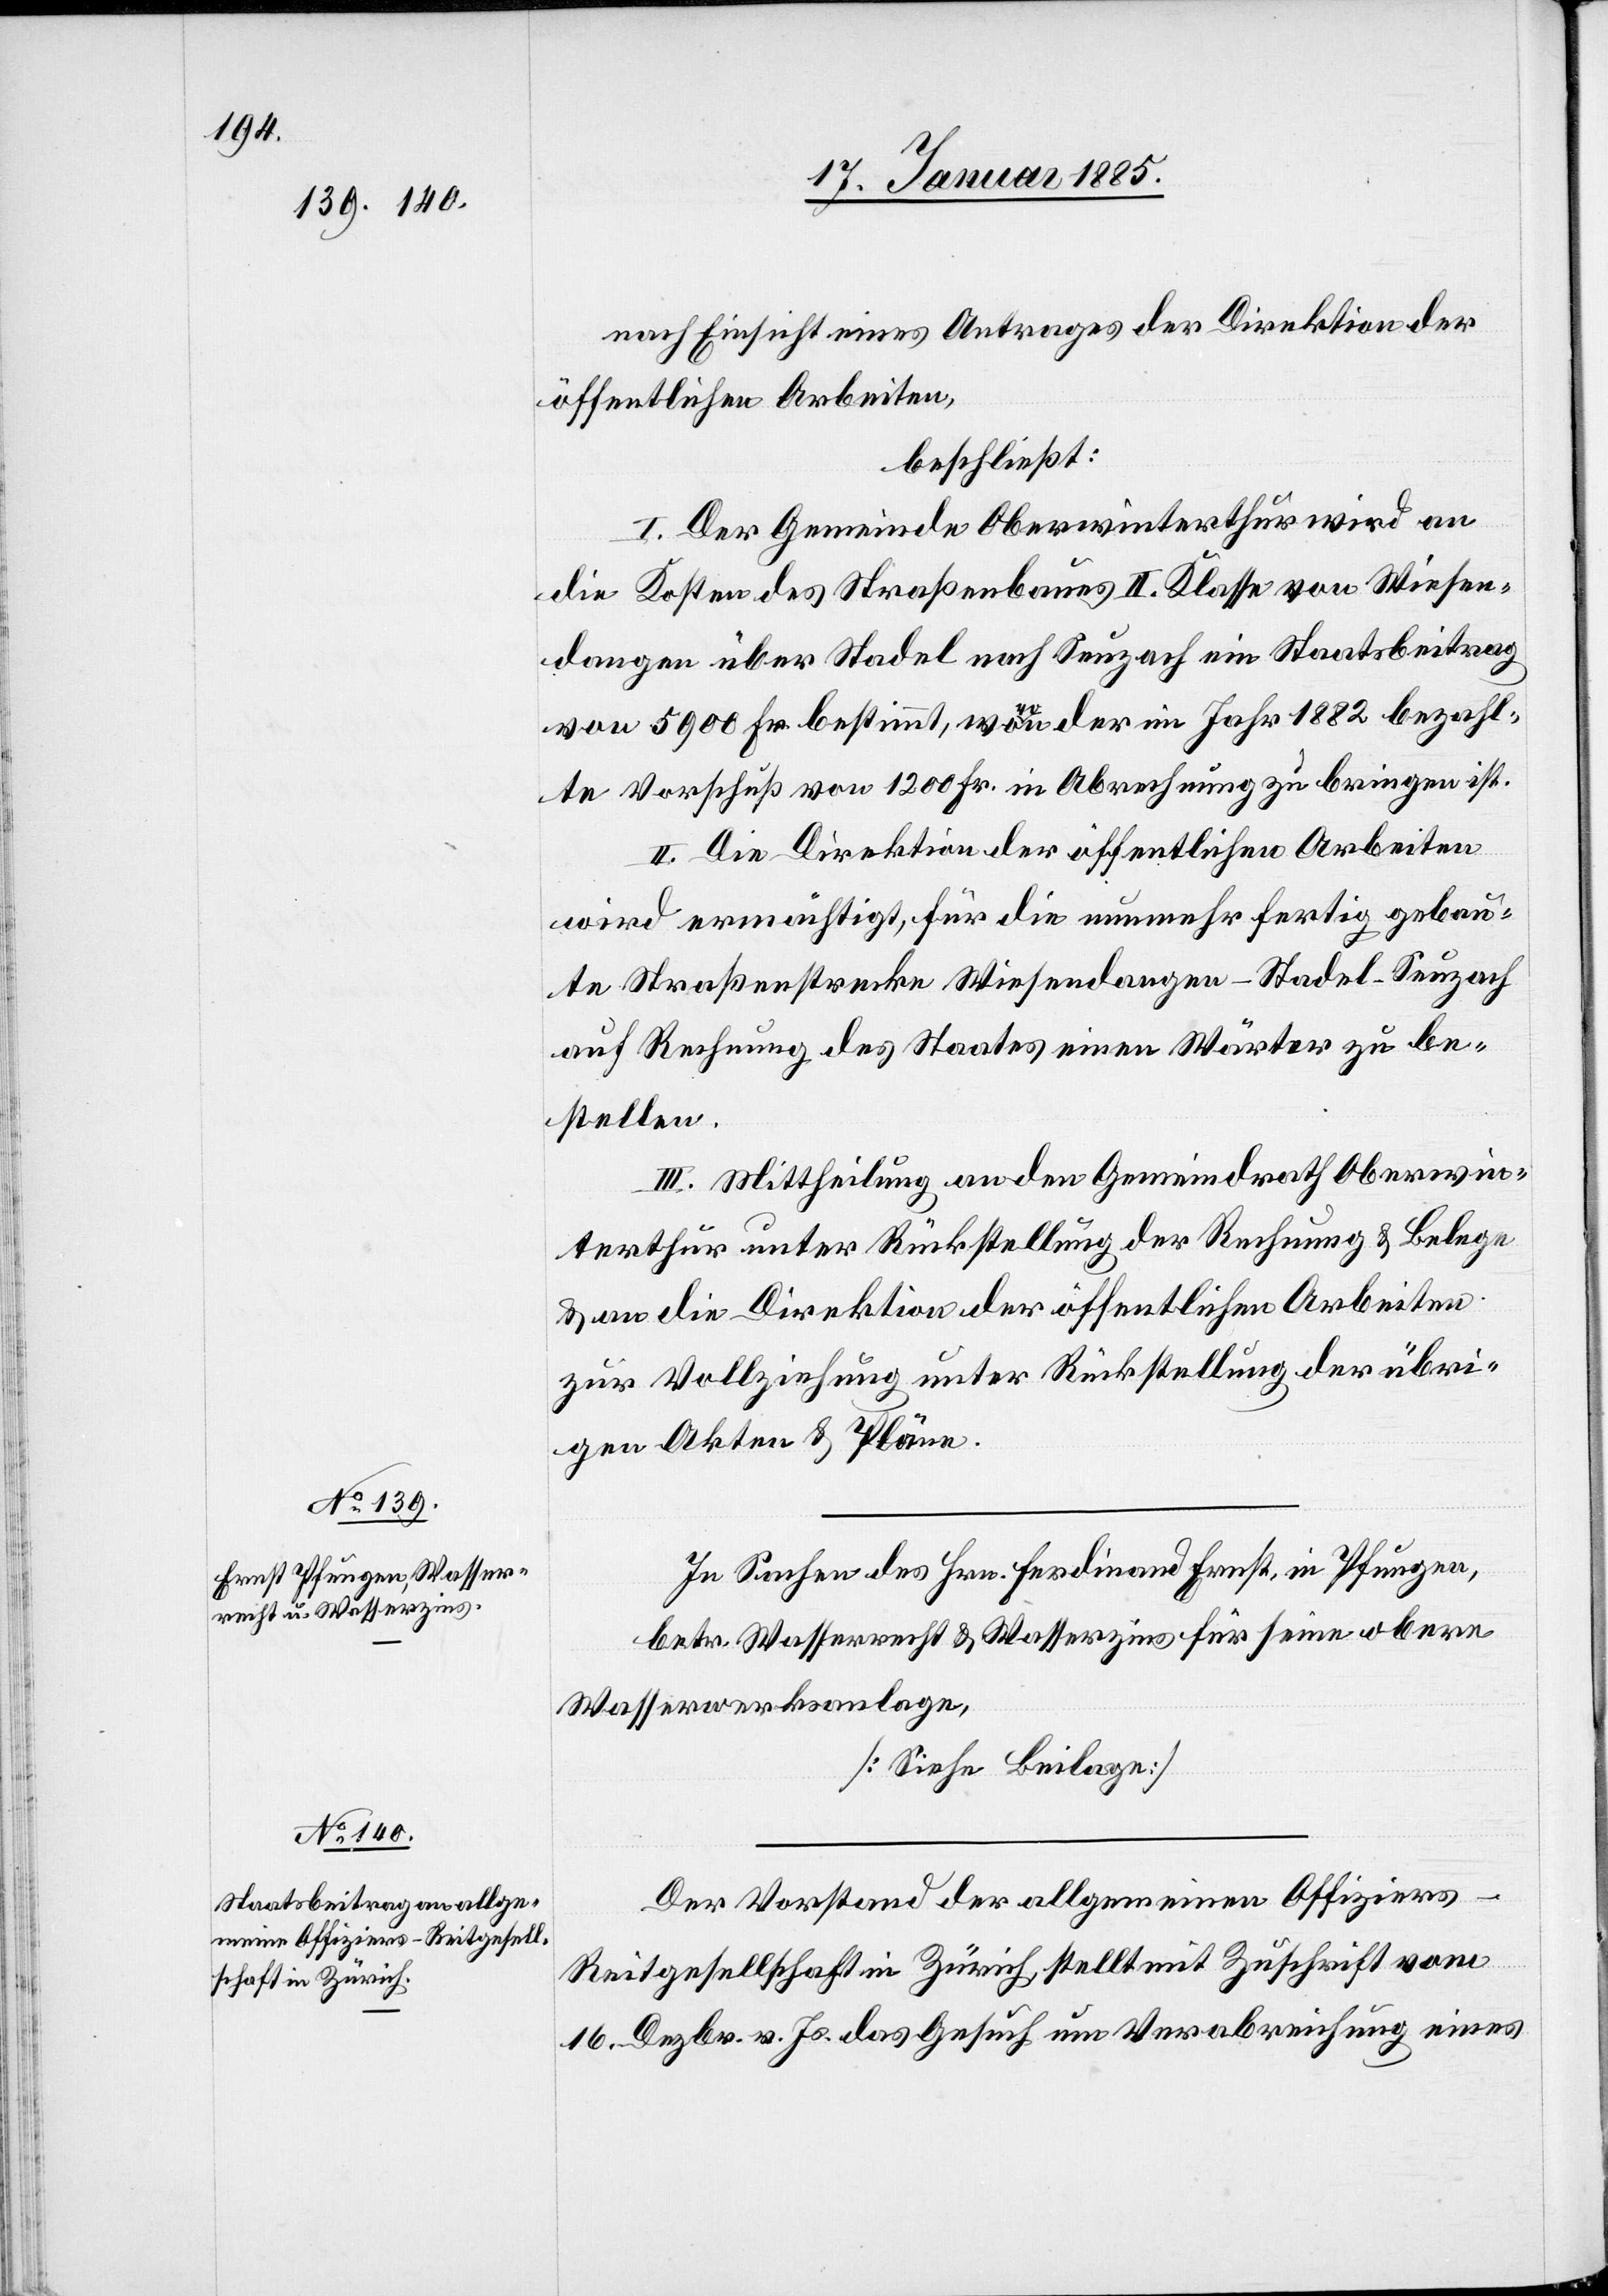
nach Einsicht eines Antrages der Direktion der
öffentlichen Arbeiten,
beschließt:
I. Der Gemeinde Oberwinterthur wird an
die Kosten des Straßenbaues II. Klasse von Wiesen¬
dangen über Stadel nach Seuzach ein Staatsbeitrag
von 5900 Fr. bestimmt, wovon der im Jahr 1882 bezahl¬
te Vorschuß von 1200 Fr. in Abrechnung zu bringen ist.
II. Die Direktion der öffentlichen Arbeiten
wird ermächtigt, für die nunmehr fertig gebau¬
te Straßenstrecke Wiesendangen–Stadel–Seuzach
auf Rechnung des Staates einen Wärter zu be¬
stellen.
III. Mittheilung an den Gemeindrath Oberwin¬
terthur unter Rückstellung der Rechnung & Belege
& an die Direktion der öffentlichen Arbeiten
zur Vollziehung unter Rückstellung der übri¬
gen Akten & Pläne.
Der Vorstand der allgemeinen Offiziers-R¬
eitgesellschaft in Zürich stellt mit Zuschrift vom
16. Dezbr. v. Js. das Gesuch um Verabreichung eines